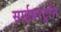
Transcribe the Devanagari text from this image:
साईबरट्राॅन